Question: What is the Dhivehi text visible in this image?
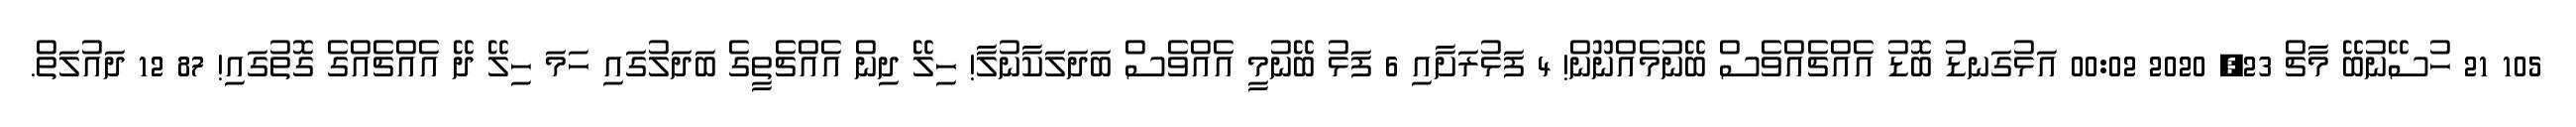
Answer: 105 21 ހުސޭނުބޭ މާޗް 23, 2020 00:02 އަޅުގަނޑު ބޮޑު އެއްޗެއްވެސް ބޭނުމެއްނޫން! 4 ފަޅުރަށާއި 6 ފަޅު ބޭނުމީ އެއްވެސް ބަދަލަކާނުލާ! ހިލޭ ދިން އެއްޗެތީގެ ބަދަލުގައި ހަމަ ހިލޭ ދޭ އެއްޗެއްގެ ގޮތުގައި! 87 12 ދައުލަތް.